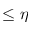
\leq \eta